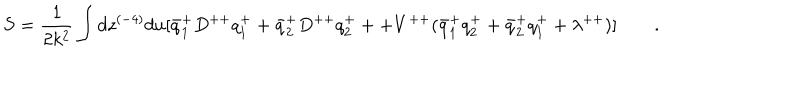
S = { \frac { 1 } { 2 k ^ { 2 } } } \int d z ^ { ( - 4 ) } d u [ \bar { q } _ { 1 } ^ { + } D ^ { + + } q _ { 1 } ^ { + } + \bar { q } _ { 2 } ^ { + } D ^ { + + } q _ { 2 } ^ { + } + + V ^ { + + } ( \bar { q } _ { 1 } ^ { + } q _ { 2 } ^ { + } + \bar { q } _ { 2 } ^ { + } q _ { 1 } ^ { + } + \lambda ^ { + + } ) ] \qquad .